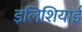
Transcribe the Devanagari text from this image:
इलिशियाई